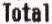
TOTAL